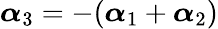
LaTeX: \boldsymbol{\alpha}_{3}=-(\boldsymbol{\alpha}_{1}+\boldsymbol{\alpha}_{2})